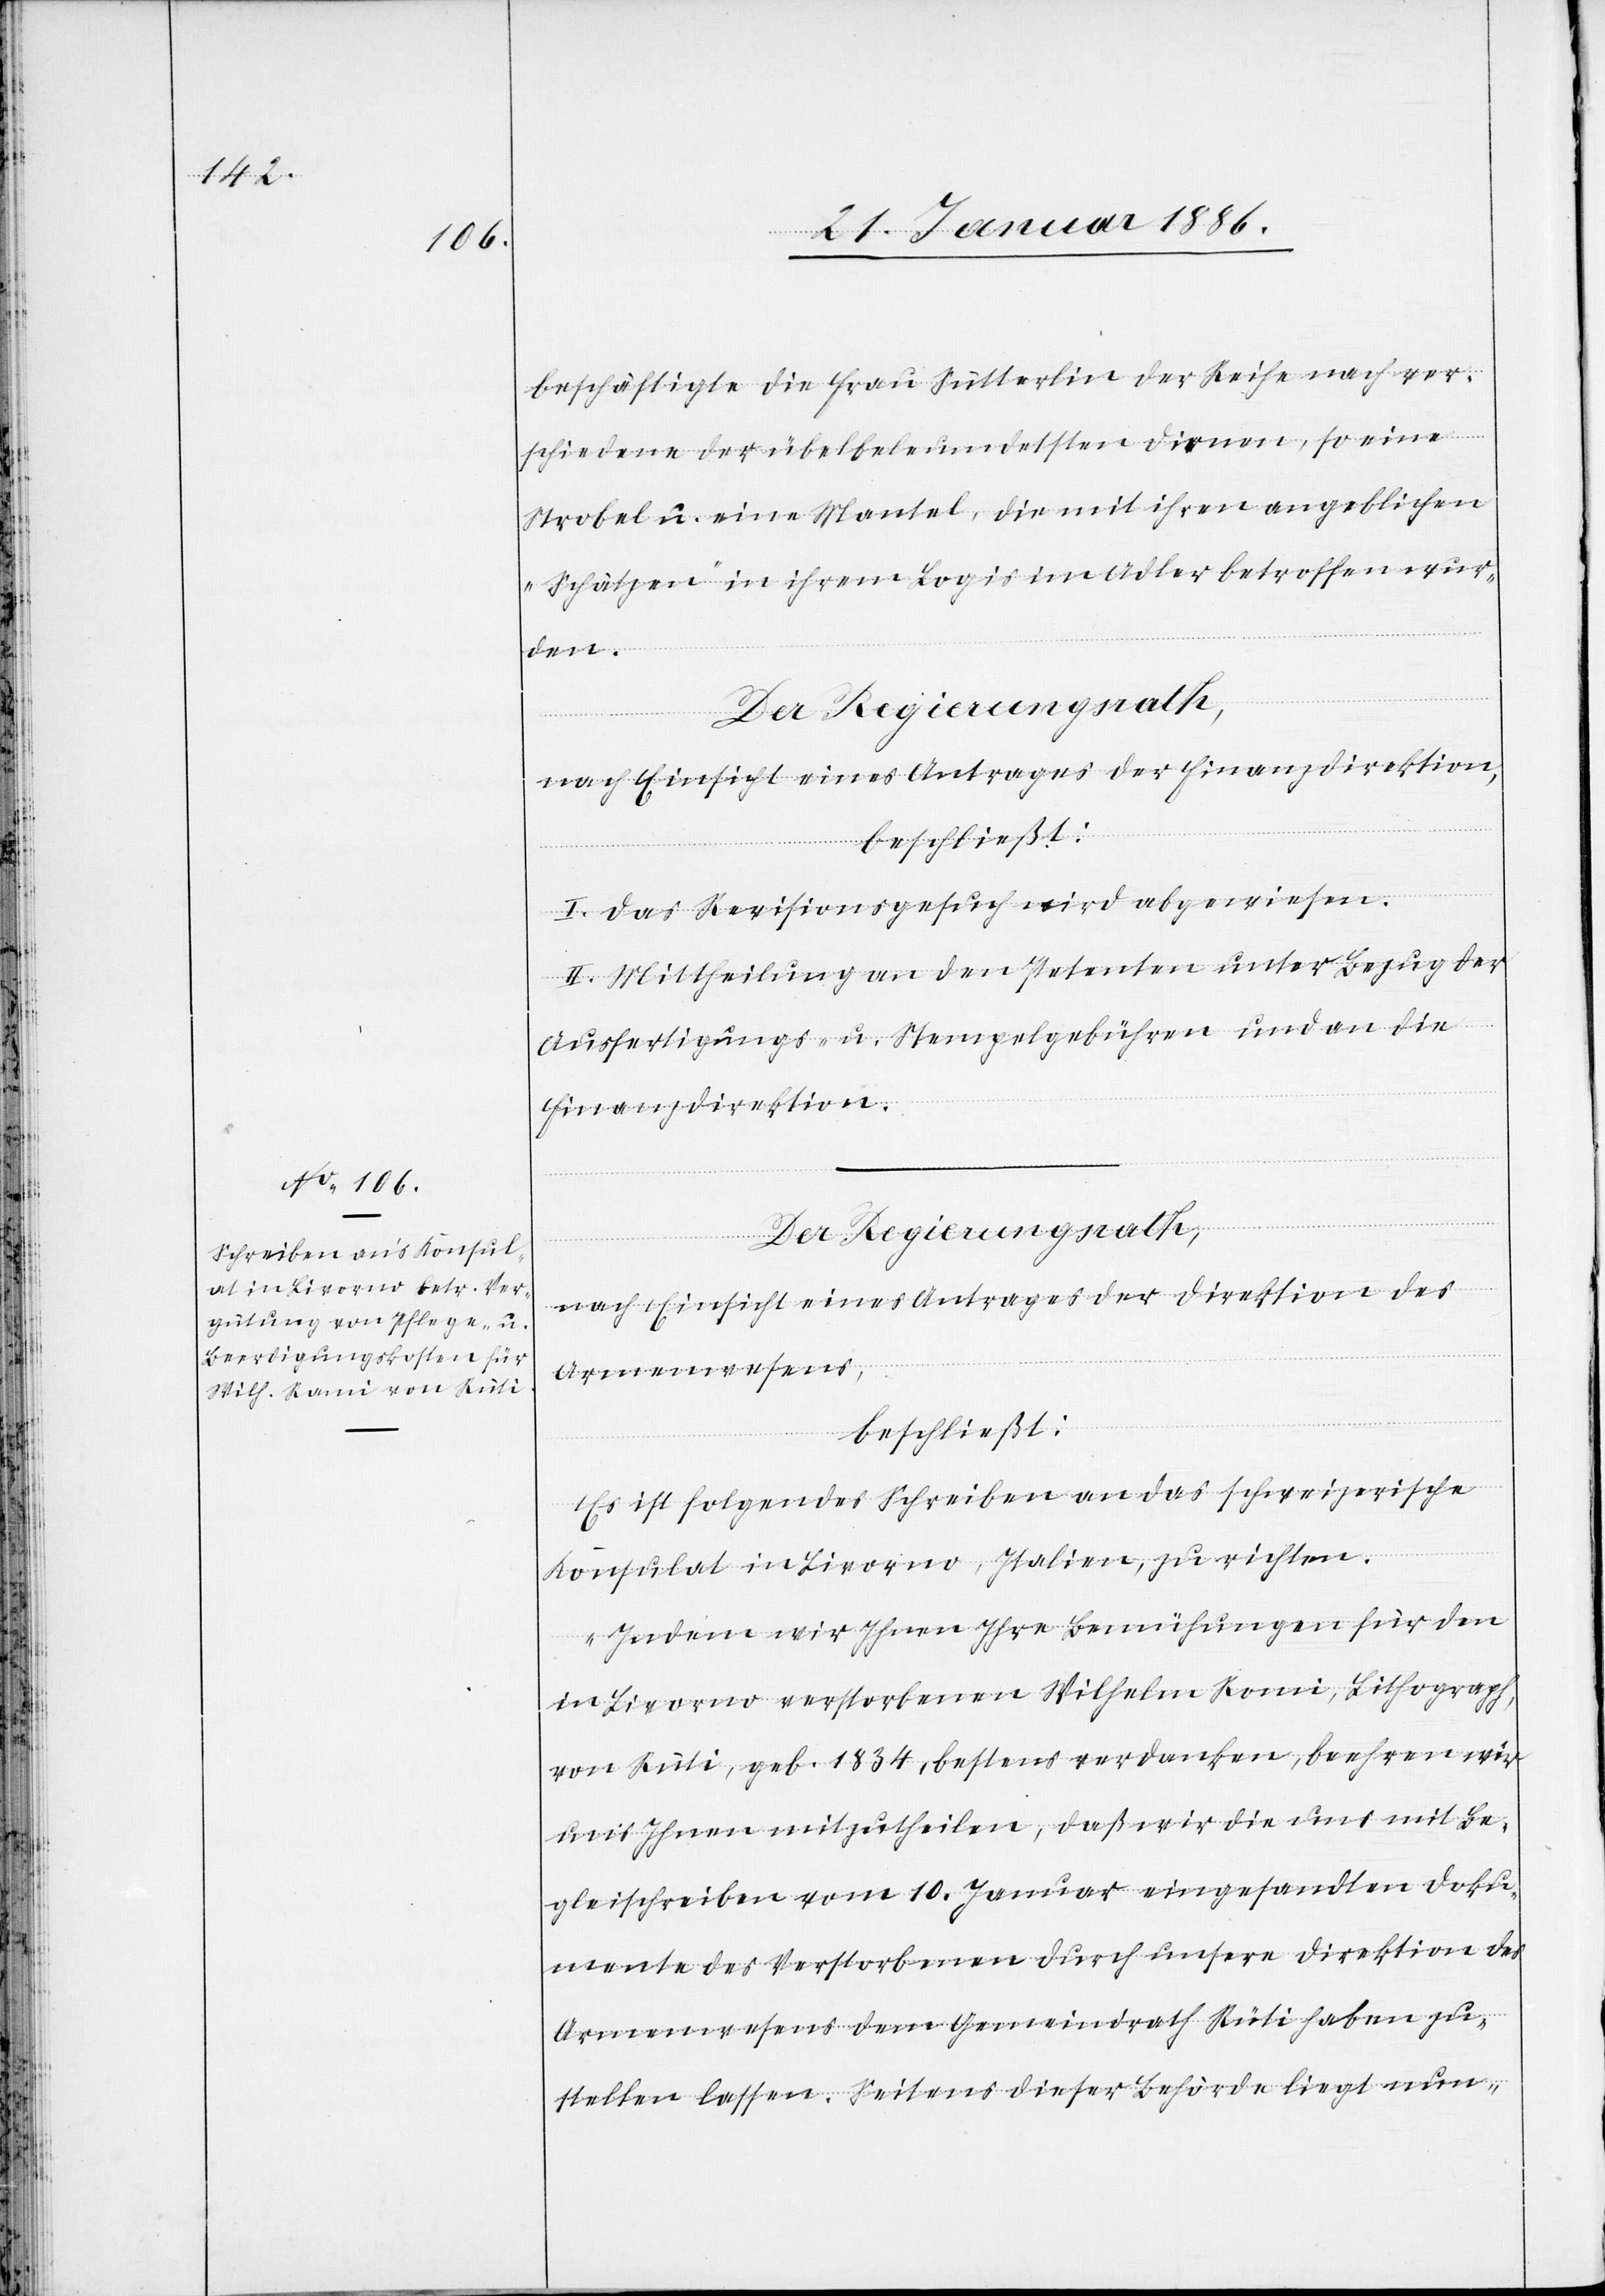
beschäftige die Frau Sütterlin der Reihe nach ver¬
schiedene der übelbeleumdesten Dirnen, so eine
Strobel u. eine Mantel, die mit ihren angeblichen
„Schätzen“ in ihrem Logis im Adler betroffen wur¬
den.
nach Einsicht eines Antrages der Finanzdirektion,
beschließt:
I. Das Revisionsgesuch wird abgewiesen.
II. Mittheilung an den Petenten unter Bezug der
Ausfertigungs- u. Stempelgebühren und an die
Finanzdirektion.
Der Regierungsrath,
nach Einsicht eines Antrages der Direktion des
Armenwesens,
beschließt:
Es ist folgendes Schreiben an das schweizerische
Konsulat in Livorno, Italien, zu richten:
„Indem wir Ihnen Ihre Bemühungen für den
in Livorno verstorbenen Wilhelm Romi, Lithograph,
von Rüti, geb. 1834, bestens verdanken, beehren wir
uns Ihnen mitzutheilen, daß wird die uns mit Be¬
gleitschreiben vom 10. Januar eingesandten Doku¬
mente des Verstorbenen durch unsere Direktion des
Armenwesens dem Gemeindrath Rüti haben zu¬
stellen lassen. Seitens dieser Behörde liegt nun-